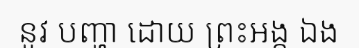
នូវ បញ្ហា ដោយ ព្រះឣង្គ ឯង